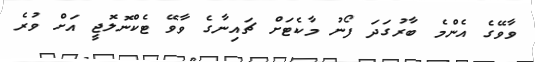
ވާވޭގެ އެންމެ ބާރުގަދަ ފޯނު މާކެޓަށް ޗައިނާގެ ވާވޭ ޓެކްނޮލޮޖީ އަށް ވުރެ